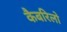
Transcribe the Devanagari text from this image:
कैबरिलो